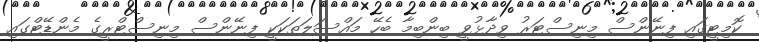
ކޮމިޓީގައި ފިނޭންސް މިނިސްޓަރު ވިދާޅުވީ ބިންބިމާ ބެހޭ މައްސަލަތަކަކީ ފިނޭންސް މިނިސްޓްރީގެ މެންޑޭޓްގައި